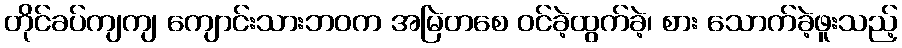
တိုင်ခပ်ကျကျ ကျောင်းသားဘဝက အမြဲတစေ ဝင်ခဲ့ထွက်ခဲ့၊ စား သောက်ခဲ့ဖူးသည့်